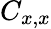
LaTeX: C_{x,x}